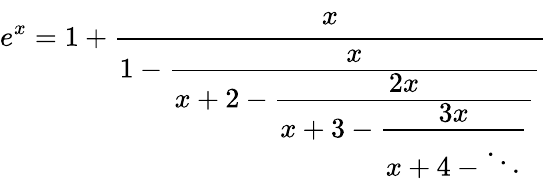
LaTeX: e^{x}=1+{\cfrac{x}{1-{\cfrac{x}{x+2-{\cfrac{2x}{x+3-{\cfrac{3x}{x+4-\ddots}}}}}}}}